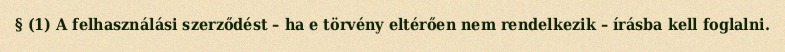
§ (1) A felhasználási szerződést – ha e törvény eltérően nem rendelkezik – írásba kell foglalni.